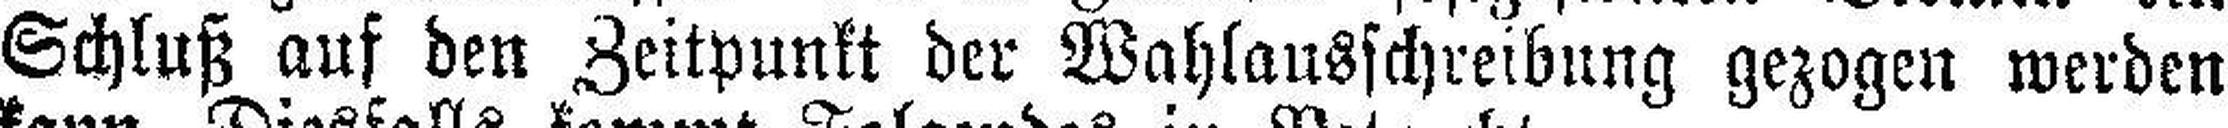
Schluß auf den Zeitpunkt der Wahlausschreibung gezogen werden